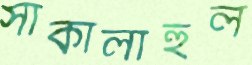
সাকালাহুল